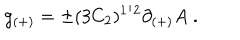
g _ { ( + ) } = \pm ( 3 C _ { 2 } ) ^ { 1 / 2 } \partial _ { ( + ) } A \; .